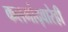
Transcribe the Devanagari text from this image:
कलमांद्वारेही